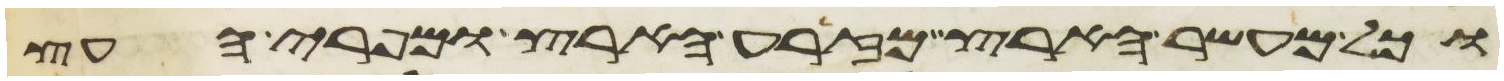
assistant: וכל מעשר הארץ מזרע הארץ ומפרי העץ